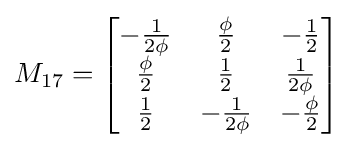
M_{17}={\begin{bmatrix}-{\frac {1}{2\phi }}&{\frac {\phi }{2}}&-{\frac {1}{2}}\\{\frac {\phi }{2}}&{\frac {1}{2}}&{\frac {1}{2\phi }}\\{\frac {1}{2}}&-{\frac {1}{2\phi }}&-{\frac {\phi }{2}}\end{bmatrix}}